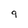
Character: 9